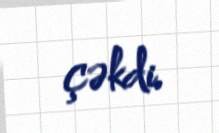
çəkdi.